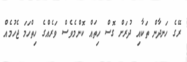
ރޭގެ ހަނދާން ތަކާއި ދުރަށް ގޮސް ހިތައް ކޮންމެވެސް ވަރެއްގެ ހިތްހަމަ ޖެހުމެއް